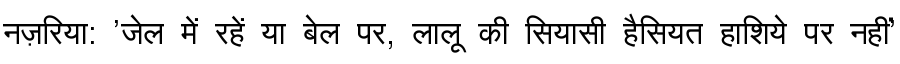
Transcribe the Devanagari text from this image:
नज़रिया: 'जेल में रहें या बेल पर, लालू की सियासी हैसियत हाशिये पर नहीं'